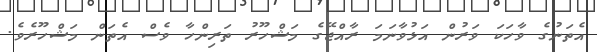
އެތަނުގެ ވާހަކަ ވަރުން އަޅުވާނަމަ ރާއްޖޭގެ މަޝްހޫރު ތަރިންހާ ވެސް އެތަން މަޝްހޫރެވެ.